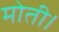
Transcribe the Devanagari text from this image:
मोती।